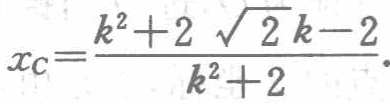
\(x_{C}=\frac{k^{2}+2\sqrt{2}k - 2}{k^{2}+2}\)